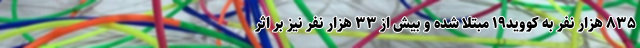
۸۳۵ هزار نفر به کووید۱۹ مبتلا شده و بیش از ۳۳ هزار نفر نیز بر اثر